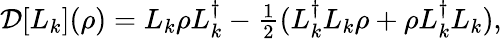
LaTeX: \begin{array}{r}{\mathcal{D}[L_{k}](\rho)=L_{k}\rho L_{k}^{\dagger}-\frac{1}{2}(L_{k}^{\dagger}L_{k}\rho+\rho L_{k}^{\dagger}L_{k}),}\end{array}